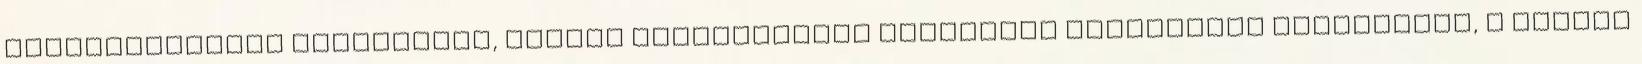
szabadságjogot bevezették, hazánk kifejezetten liberális kisebbségi politikája, a magyar